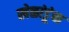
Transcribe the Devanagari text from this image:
खेळांडूंचा